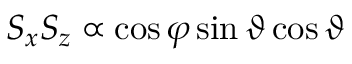
S _ { x } S _ { z } \propto \cos \varphi \sin \vartheta \cos \vartheta